King Institute of Preventive Medicine Micro-Biological Section reports 1912-19
Year: 1912
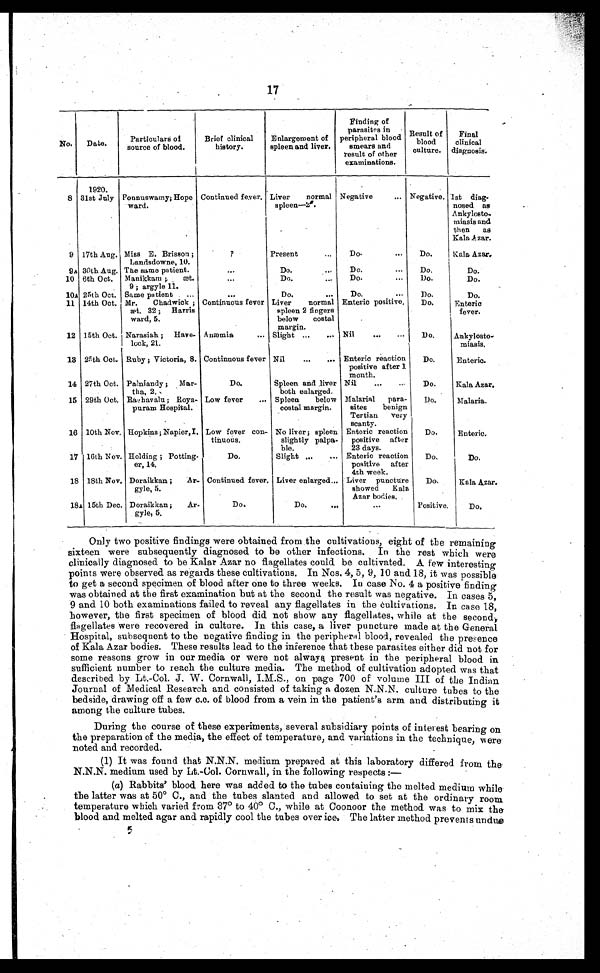
17
No.
Date.
Particulars of
source of blood.
Brief clinical
history.
Enlargement of
spleen and liver.
Finding of
Parasites in
peripheral blood
smears and
result of other
examinations.
Result of
blood
culture.
Final
clinical
diagnosis.
1920.
8 31st July Ponnuswamy; Hope
ward.
Continued fever. Liver
normal
spleen—2n.
Negative
... Negative. 1st diag-
nosed as
Ankylosto-
miasis and
then
as
Kala Azar.
9 17th Aug. Miss E. Brisson ;
Landsdowne, 10.
? Present
...
Do.
. . .
Do.
Kala Azar.
9A 30th Aug. The same patient.
. . .
Do. ...
Do.
. . .
Do.
Do.
10 6th Oct. Manikkam ;
æt.
9; argyle 11.
...
Do.
...
Do.
...
Do.
Do.
10A 25th Oct. Same patient
...
. . . Do.
...
Do.
. . .
Do.
Do.
11 14th Oct. Mr.
Chadwick ;
æt. 32 ; Harris
ward, 5.
Continuous fever Liver
normal
spleen 2 fingers
below
costal
margin.
Enteric positive.
Do.
Enteric
fever.
12 15th Oct. Narasiah ; Have-
lcck, 21.
Anæmia
... Slight ...
... Nil
...
Do.
Ankylosto-
miasis.
13 25th Oct. Ruby ; Victoria, 8. Continuous fever Nil
...
... Enteric reaction
positive after 1
month.
Do.
Enteric.
14 27th Oct. Palniandy ; Mar-
tha, 2.
Do.
Spleen and liver
both enlarged.
Nil
...
Do.
Kala Azar.
15 29th Oct. Raghavalu ; Roya-
puram Hospital.
Low fever
... Spleen
below
costal margin.
Malarial
para-
sites
benign
Tertian
very
scanty.
Do.
Malaria.
16 10th Nov. Hopkins; Napier,I. Low fever con-
tinuous.
No liver ; spleen
slightly palpa-
ble.
Enteric reaction
positive after
23 days.
Do.
Enteric.
17 16th Nov. Holding ; Potting-
er, 14.
Do.
Slight ...
... Enteric reaction
positive after
4th week.
Do.
Do.
18 18th Nov. Doraikkan ;
Ar-
gyle, 5.
Continued fever. Liver enlarged... Liver puncture
showed
Kala
Azar bodies.
Do.
Kala Azar.
18A 15th Dec. Doraikkan ;
Ar-
gyle, 5.
Do.
Do.
. . . . .
...
Positive.
Do.
Only two positive findings were obtained from the cultivations, eight of the remaining
sixteen were subsequently diagnosed to be other infections. In the rest which were
clinically diagnosed to be Kalar Azar no flagellates could be cultivated. A few interesting
points were observed as regards these cultivations. In Nos. 4, 5, 9, 10 and 18, it was possible
to get a second specimen of blood after one to three weeks. In case No. 4 a positive finding
was obtained at the first examination but at the second the result was negative. In cases 5,
9 and 10 both examinations failed to reveal any flagellates in the cultivations. In case 18,
however, the first specimen of blood did not show any flagellates, while at the second,
flagellates were recovered in culture. In this case, a liver puncture made at the General
Hospital, subsequent to the negative finding in the peripheral blood, revealed the presence
of Kala Azar bodies. These results lead to the inference that these parasites either did not for
some reasons grow in our media or were not always present in the peripheral blood in
sufficient number to reach the culture media. The method of cultivation adopted was that
described by Lt.-Col. J. W. Cornwall, I.M.S., on page 700 of volume III of the Indian
Journal of Medical Research and consisted of taking a dozen N.N.N. culture tubes to the
bedside, drawing off a few c.c. of blood from a vein in the patient's arm and distributing it
among the culture tubes.
During the course of these experiments, several subsidiary points of interest bearing on
the preparation of the media, the effect of temperature, and variations in the technique, were
noted and recorded.
(1) It was found that N.N.N. medium prepared at this laboratory differed from the
N.N.N. medium used by Lt.-Col. Cornwall, in the following respects :
—
(a) Rabbits' blood here was added to the tubes containing the melted medium while
the latter was at 50° C., and the tubes slanted and allowed to set at the ordinary room
temperature which varied from 37° to 40° C., while at Coonoor the method was to mix the
blood and melted agar and rapidly cool the tubes over ice. The latter method prevents undue
5